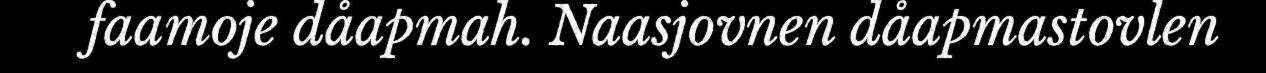
faamoje dåapmah. Naasjovnen dåapmastovlen